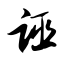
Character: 诬